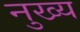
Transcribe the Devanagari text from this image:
नुख्य